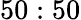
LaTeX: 50:50